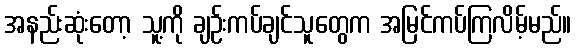
အနည်းဆုံးတော့ သူ့ကို ချဉ်းကပ်ချင်သူတွေက အမြင်ကပ်ကြလိမ့်မည်။